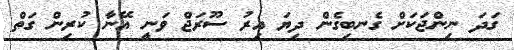
ގަދަ ނިންޖަކަށް ގެނބިގެން ދިޔަ އިރު ސޫރަޖް ވަނީ އޭނާ ކުރިން ގަތް